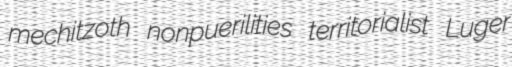
mechitzoth nonpuerilities territorialist Luger